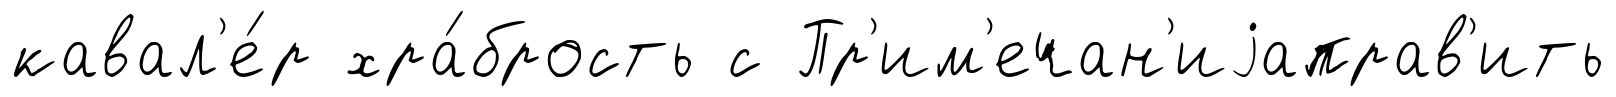
кавал'е́р хра́брость с Пр'им'ечан'иjаправ'ить